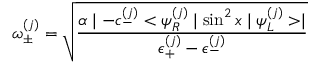
\omega _ { \pm } ^ { ( j ) } = \sqrt { \frac { \alpha \mid - c _ { - } ^ { ( j ) } < \psi _ { R } ^ { ( j ) } \mid \sin ^ { 2 } x \mid \psi _ { L } ^ { ( j ) } > \mid } { \epsilon _ { + } ^ { ( j ) } - \epsilon _ { - } ^ { ( j ) } } }